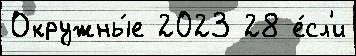
Окружны́е 2023 28 е́сл'и